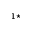
^ { 1 \star }